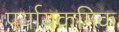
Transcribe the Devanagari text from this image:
पर्यायक्रमिक